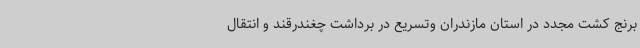
برنج کشت مجدد در استان مازندران وتسریع در برداشت چغندرقند و انتقال